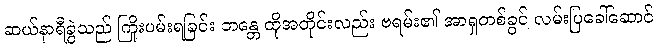
ဆယ်နာရီခွဲသည် ကြိုးပမ်းရခြင်း ဘန္တေ ထိုအတိုင်းလည်း ဗရမ်း၏ အာရှတစ်ခွင် လမ်းပြခေါ်ဆောင်